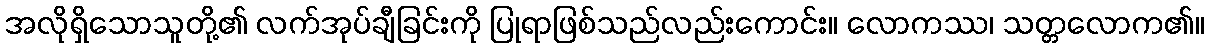
အလိုရှိသောသူတို့၏ လက်အုပ်ချီခြင်းကို ပြုရာဖြစ်သည်လည်းကောင်း။ လောကဿ၊ သတ္တလောက၏။